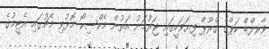
ވާރލްޑް ކަޕްގެ ގްރޫޕް ފިޔަވަހީގައި ޖަރުމަނު އަތުން މެކްސިކޯ މޮޅުވި މެޗުގައި އެޓީމުގެ